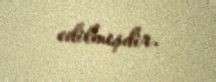
edilmişdir.